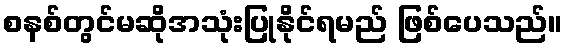
စနစ်တွင်မဆိုအသုံးပြုနိုင်ရမည် ဖြစ်ပေသည်။